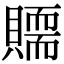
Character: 𧸀